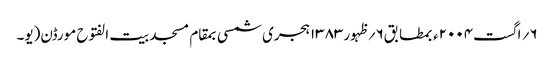
۶؍ اگست۲۰۰۴ء بمطابق۶؍ظہور۱۳۸۳ہجری شمسی بمقام مسجد بیت الفتوح مورڈن(یو۔